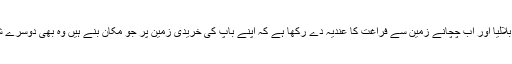
بڑے بیٹے کو خداترس افسر نے باپ کی جگہ ملازمت پر بلالیا اور اب چچانے زمین سے فراغت کا عندیہ دے رکھا ہے کہ اپنے باپ کی خریدی زمین پر جو مکان بنے ہیں وہ بھی دوسرے شہر میں ہے وہ لے لواور آبائی زمین سے دستبردار ہو جاؤ۔